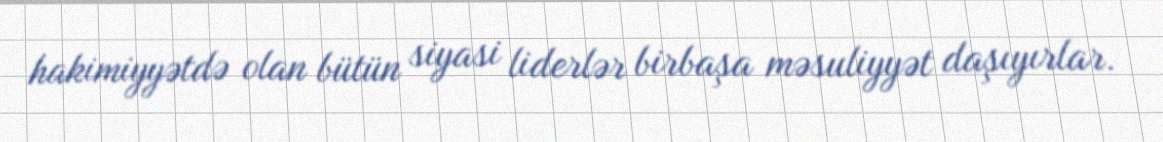
hakimiyyətdə olan bütün siyasi liderlər birbaşa məsuliyyət daşıyırlar.